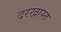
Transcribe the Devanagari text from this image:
दरखास्त